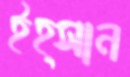
ইহ্সান